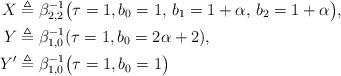
LaTeX: \begin{align*}X & \triangleq \beta_{2,2}^{-1}\bigl(\tau=1,b_0=1,\,b_1=1+\alpha,\,b_2=1+\alpha\bigr),\\Y & \triangleq \beta_{1,0}^{-1}(\tau=1, b_0=2\alpha+2), \\Y' & \triangleq \beta_{1,0}^{-1}\bigl(\tau=1, b_0=1\bigr)\end{align*}